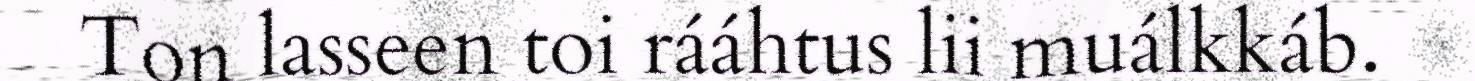
Ton lasseen toi rááhtus lii muálkkáb.